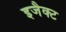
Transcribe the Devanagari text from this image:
इजैक्ट